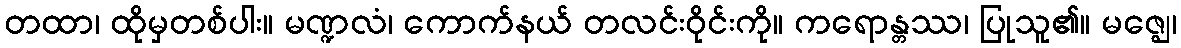
တထာ၊ ထိုမှတစ်ပါး။ မဏ္ဍလံ၊ ကောက်နယ် တလင်းဝိုင်းကို။ ကရောန္တဿ၊ ပြုသူ၏။ မဇ္ဈေ၊